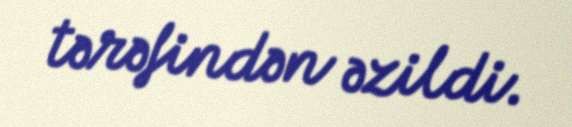
tərəfindən əzildi.